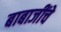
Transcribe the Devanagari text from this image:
बाबाजींचे